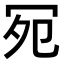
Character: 𪞏